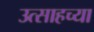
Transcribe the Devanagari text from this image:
उत्साहच्या